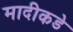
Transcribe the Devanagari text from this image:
मादीकडे